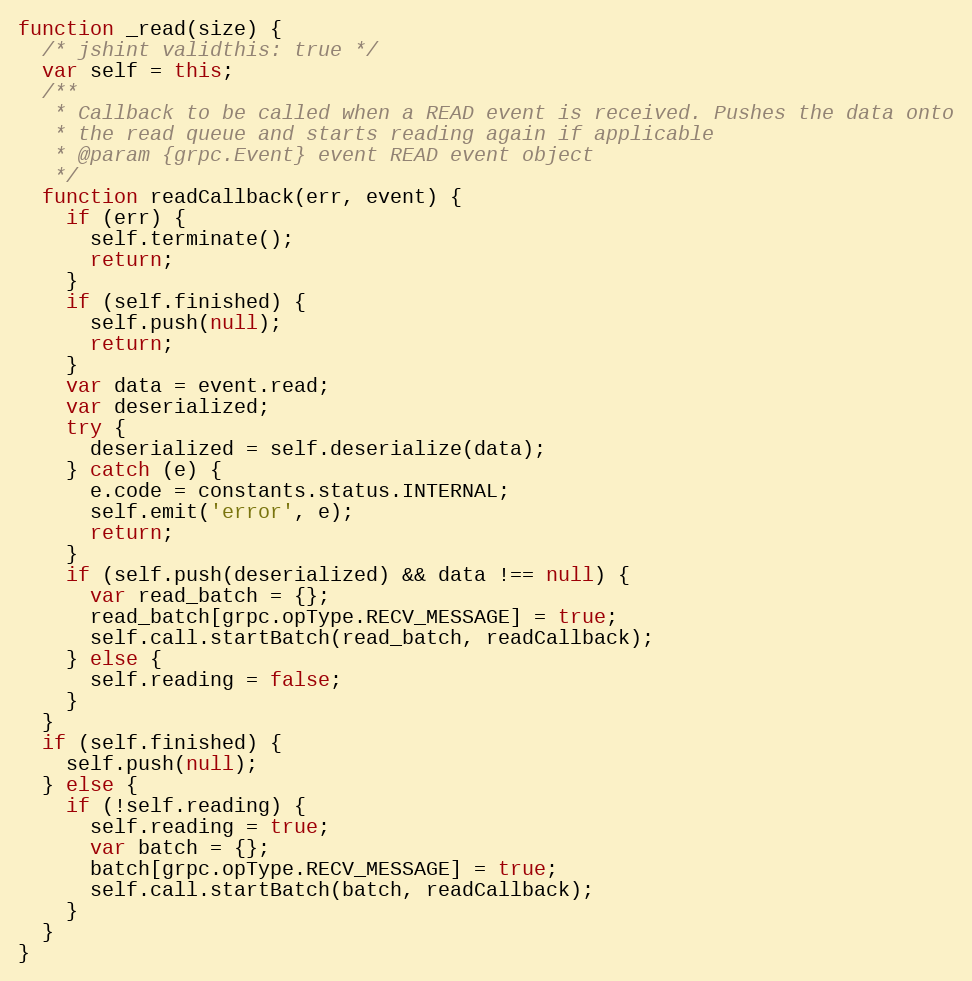
Language: JavaScript
function _read(size) {
  /* jshint validthis: true */
  var self = this;
  /**
   * Callback to be called when a READ event is received. Pushes the data onto
   * the read queue and starts reading again if applicable
   * @param {grpc.Event} event READ event object
   */
  function readCallback(err, event) {
    if (err) {
      self.terminate();
      return;
    }
    if (self.finished) {
      self.push(null);
      return;
    }
    var data = event.read;
    var deserialized;
    try {
      deserialized = self.deserialize(data);
    } catch (e) {
      e.code = constants.status.INTERNAL;
      self.emit('error', e);
      return;
    }
    if (self.push(deserialized) && data !== null) {
      var read_batch = {};
      read_batch[grpc.opType.RECV_MESSAGE] = true;
      self.call.startBatch(read_batch, readCallback);
    } else {
      self.reading = false;
    }
  }
  if (self.finished) {
    self.push(null);
  } else {
    if (!self.reading) {
      self.reading = true;
      var batch = {};
      batch[grpc.opType.RECV_MESSAGE] = true;
      self.call.startBatch(batch, readCallback);
    }
  }
}